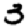
Digit: 3